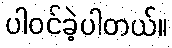
ပါဝင်ခဲ့ပါတယ်။